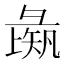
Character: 𱝡